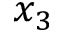
x _ { 3 }